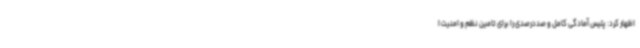
اظهار کرد: پلیس آمادگی کامل و صددرصدی را برای تامین نظم و امنیت ا